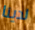
لدينا